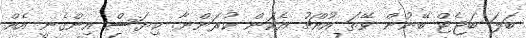
ބަލަ ބަޖެޓް ބޭނުން ވޭތަ އުއްޗު އެކަން ކުރަންނާ. ކިޔަސް އިންގެނީ އެއް